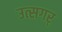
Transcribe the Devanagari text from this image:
उत्सगर्